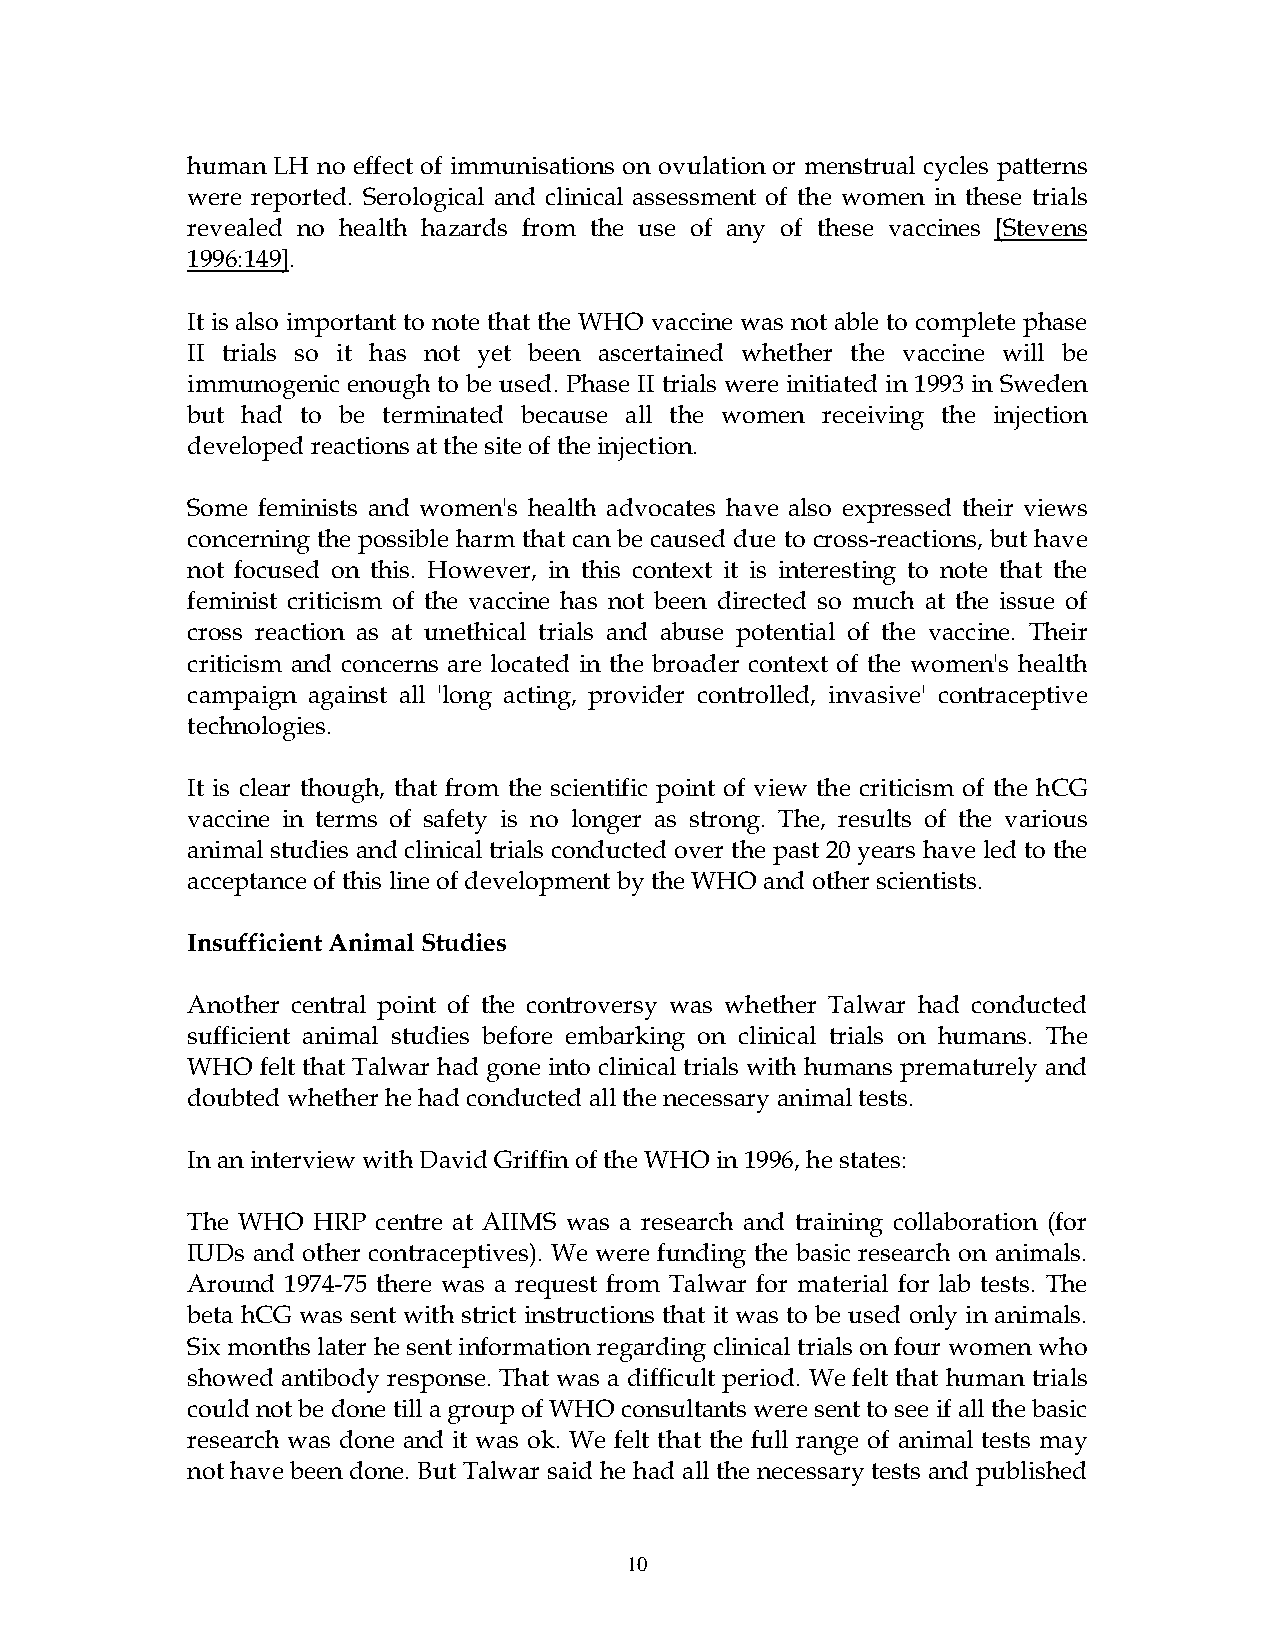
human LH no effect of immunisations on ovulation or menstrual cycles patterns
 were reported. Serological and clinical assessment of the women in these trials
 revealed no health hazards from the use of any of these vaccines [Stevens
 1996:149].
 It is also important to note that the WHO vaccine was not able to complete phase
 II trials so it has not yet been ascertained whether the vaccine will be
 immunogenic enough to be used. Phase II trials were initiated in 1993 in Sweden
 but had to be terminated because all the women receiving the injection
 developed reactions at the site of the injection.
 Some feminists and women's health advocates have also expressed their views
 concerning the possible harm that can be caused due to cross-reactions, but have
 not focused on this. However, in this context it is interesting to note that the
 feminist criticism of the vaccine has not been directed so much at the issue of
 cross reaction as at unethical trials and abuse potential of the vaccine. Their
 criticism and concerns are located in the broader context of the women's health
 campaign against all 'long acting, provider controlled, invasive' contraceptive
 technologies.
 It is clear though, that from the scientific point of view the criticism of the hCG
 vaccine in terms of safety is no longer as strong. The, results of the various
 animal studies and clinical trials conducted over the past 20 years have led to the
 acceptance of this line of development by the WHO and other scientists.
 Insufficient Animal Studies
 Another central point of the controversy was whether Talwar had conducted
 sufficient animal studies before embarking on clinical trials on humans. The
 WHO  felt that Talwar had gone into clinical trials with humans prematurely and
 doubted whether he had conducted all the necessary animal tests.
 In an interview with David Griffin of the WHO in 1996, he states:
 The WHO  HRP centre at AIIMS was a research and training collaboration (for
 IUDs and other contraceptives). We were funding the basic research on animals.
 Around 1974-75 there was a request from Talwar for material for lab tests. The
 beta hCG was sent with strict instructions that it was to be used only in animals.
 Six months later he sent information regarding clinical trials on four women who
 showed antibody response. That was a difficult period. We felt that human trials
 could not be done till a group of WHO consultants were sent to see if all the basic
 research was done and it was ok. We felt that the full range of animal tests may
 not have been done. But Talwar said he had all the necessary tests and published
 10